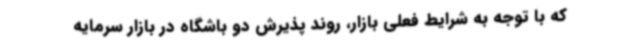
که با توجه به شرایط فعلی بازار، روند پذیرش دو باشگاه در بازار سرمایه